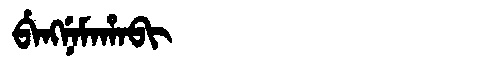
Manchu: ᠪᡝᠩᠨᡝᠮᠠᡥᠠᠪᡳ
Romanization: BENGNEMAHABI